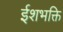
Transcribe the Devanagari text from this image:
ईशभक्ति